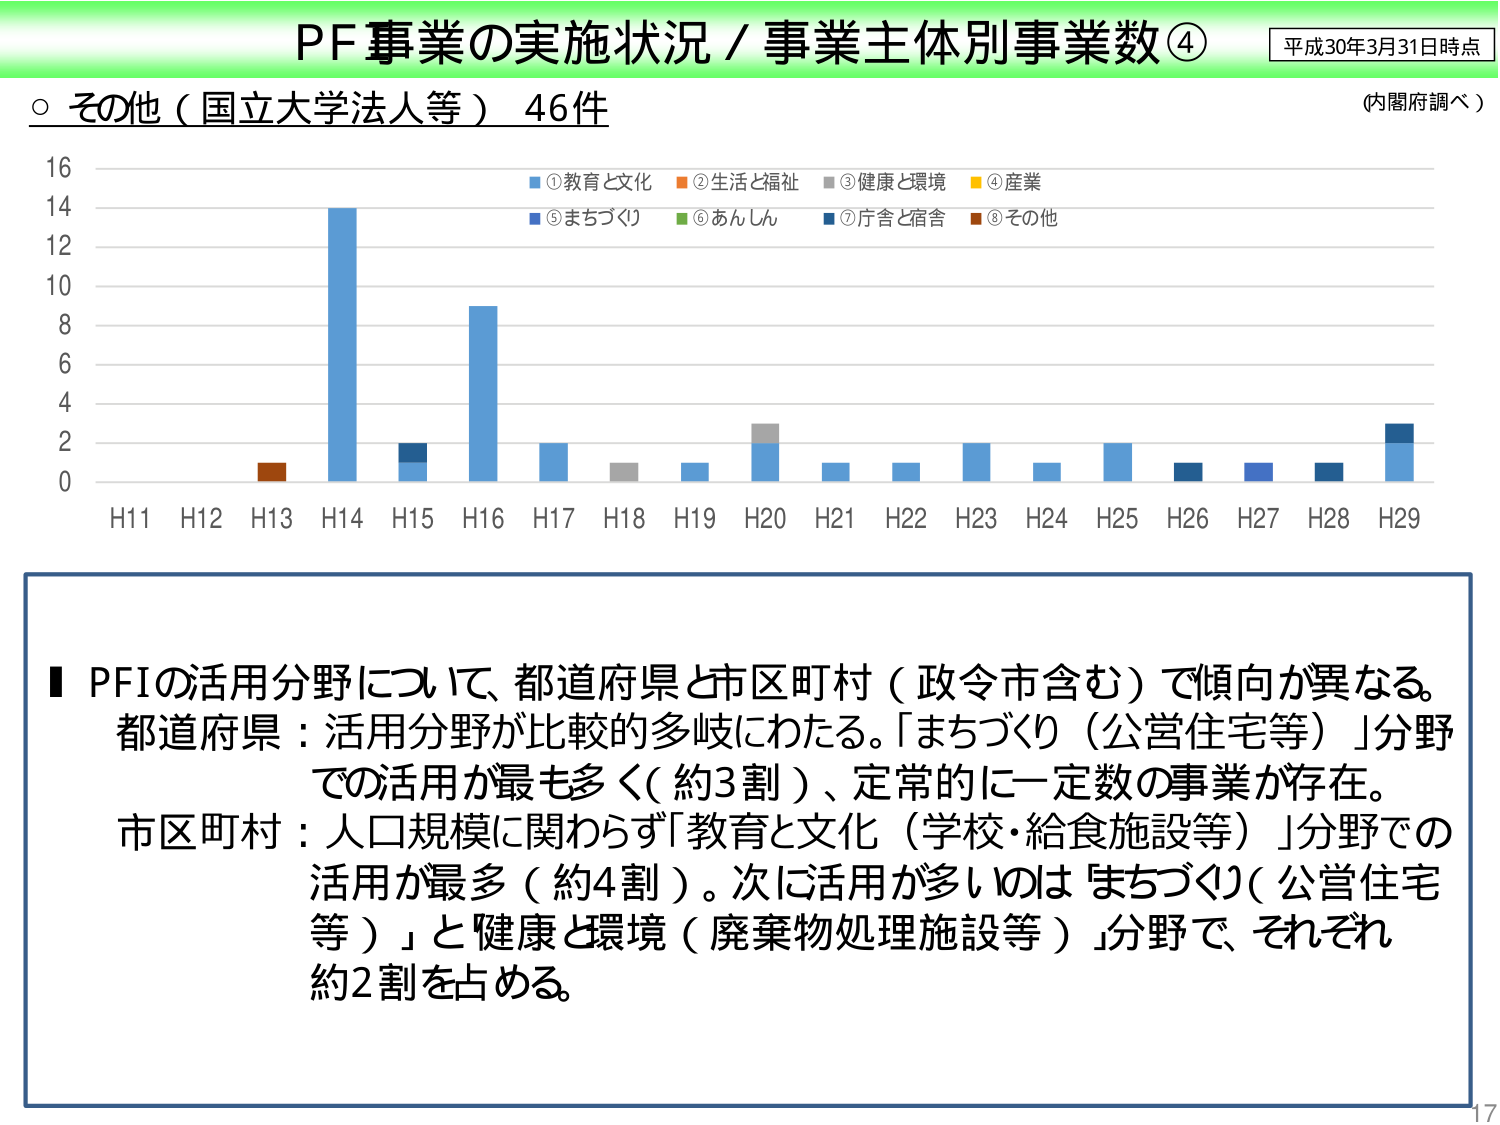
PF事業の実施状況／事業主体別事業数④
平成30年3月31日時点
○ その他（国立大学法人等）46件
（内閣府調べ）
16
14
12
10
8
6
4
2
0
H11 H12 H13 H14 H15 H16 H17 H18 H19 H20 H21 H22 H23 H24 H25 H26 H27 H28 H29
■①教育と文化 ■②生活と福祉 ■③健康と環境 ■④産業
■⑤まちづくり ■⑥あんしん ■⑦庁舎と宿舎 ■⑧その他
■ PFIの活用分野について、都道府県と市区町村（政令市含む）で傾向が異なる。
都道府県：活用分野が比較的多岐にわたる。「まちづくり（公営住宅等）」分野
での活用が最も多く（約3割）、定常的に一定数の事業が存在。
市区町村：人口規模に関わらず「教育と文化（学校・給食施設等）」分野での
活用が最多（約4割）。次に活用が多いのは「まちづくり（公営住宅
等）」と健康と環境（廃棄物処理施設等）分野で、それぞれ
約2割を占める。
17